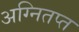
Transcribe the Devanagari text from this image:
अग्नितप्त